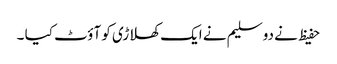
حفیظ نے دو سلیم نے ایک کھلاڑی کو آؤٹ کیا ۔